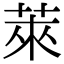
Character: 萊